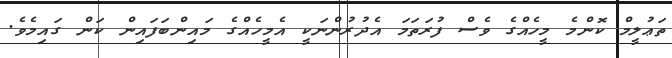
ތަޢުލީމް ކޮންމެ މީހެއްގެ ވެސް ފުރަތަމަ އެދުރުންނަކީ އެމީހެއްގެ މައިންބަފައިން ކަން ގައިމެވެ.